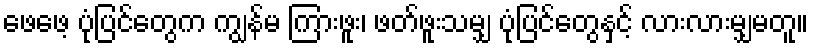
ဖေဖေ့ ပုံပြင်တွေက ကျွန်မ ကြားဖူး၊ ဖတ်ဖူးသမျှ ပုံပြင်တွေနှင့် လားလားမျှမတူ။